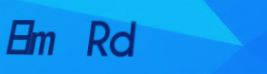
Elm Rd